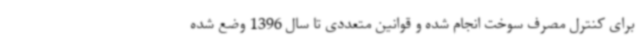
برای کنترل مصرف سوخت انجام شده و قوانین متعددی تا سال 1396 وضع شده